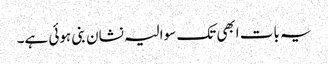
یہ بات ابھی تک سوالیہ نشان بنی ہوئی ہے۔